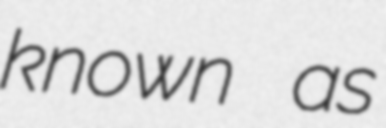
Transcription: known as